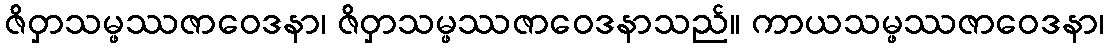
ဇိဝှာသမ္ဖဿဇာဝေဒနာ၊ ဇိဝှာသမ္ဖဿဇာဝေဒနာသည်။ ကာယသမ္ဖဿဇာဝေဒနာ၊